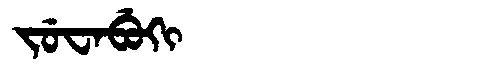
Manchu: ᠵᡠᠸᠠᠪᡠᡴᡳ
Romanization: JUWABUKI